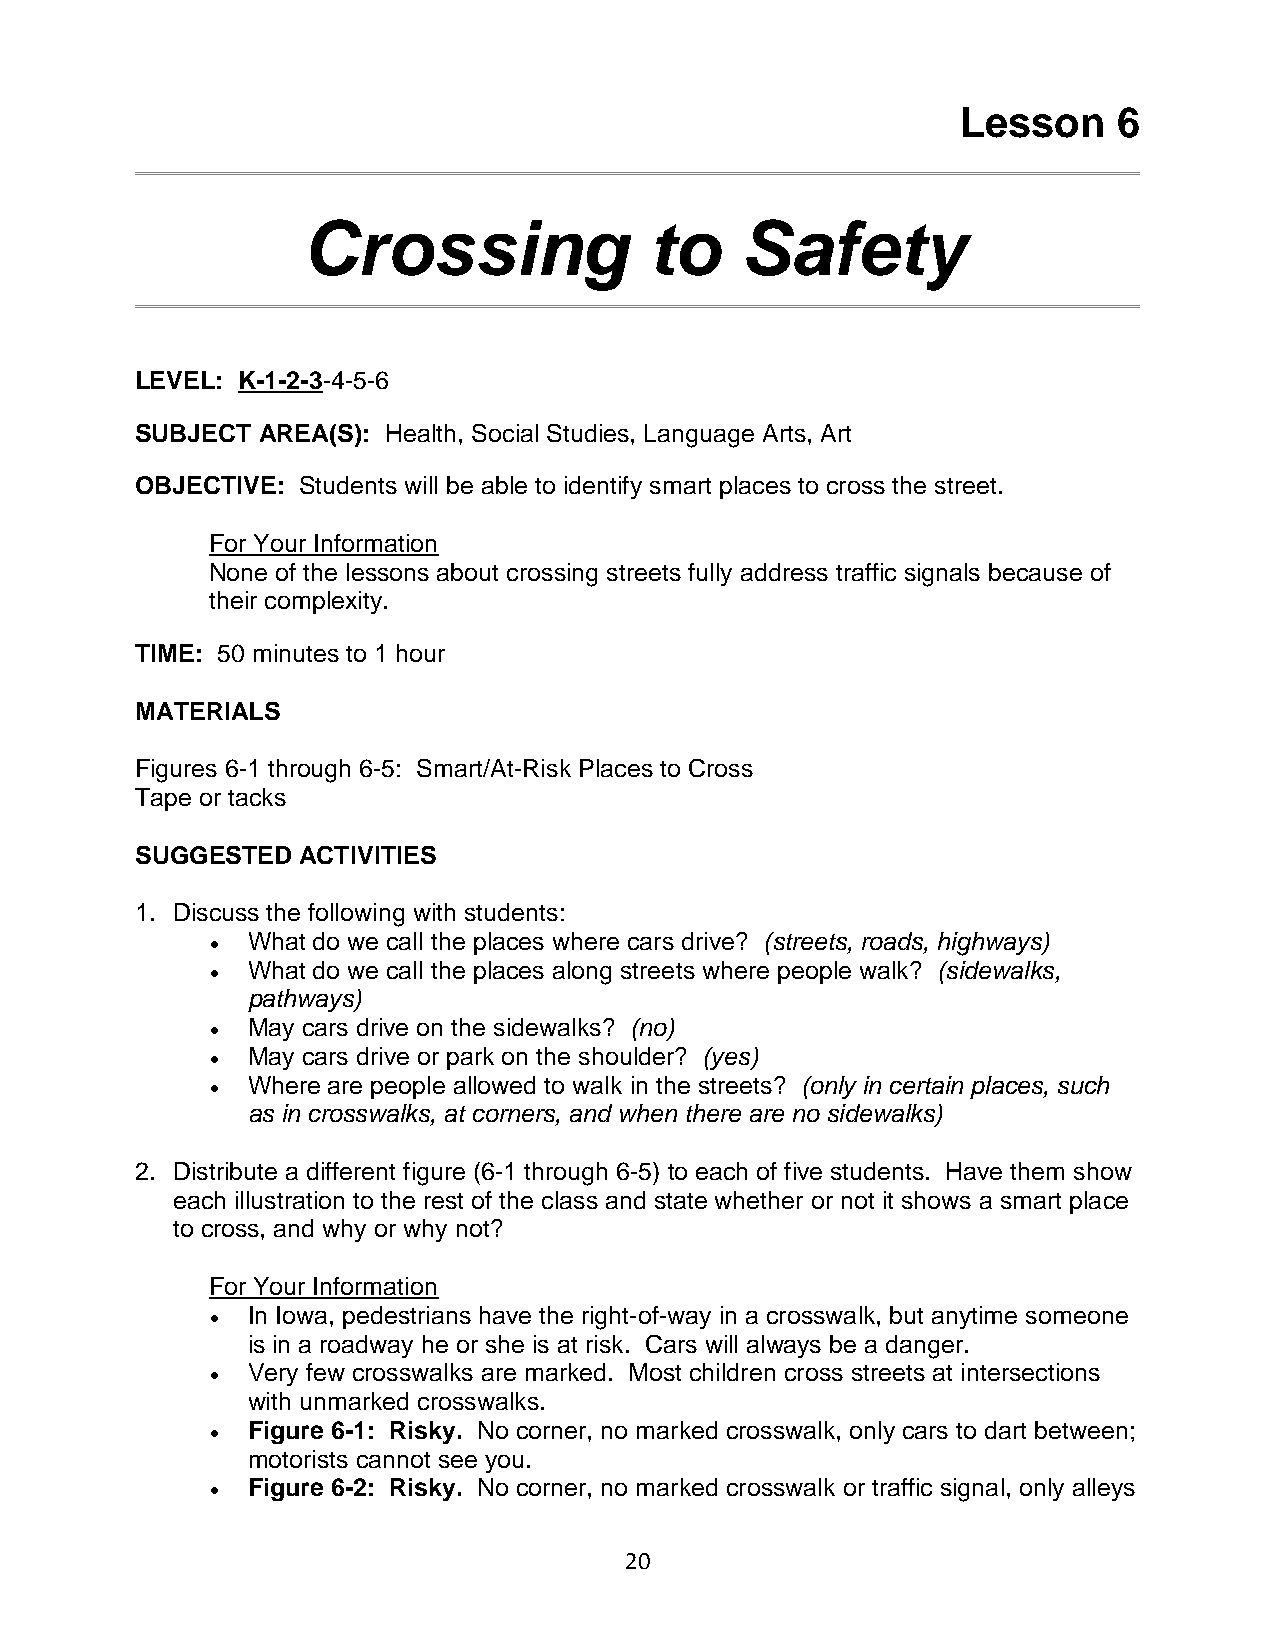
Lesson    6
 Crossing               to    Safety
 LEVEL: K-1-2-3-4-5-6
 SUBJECT AREA(S): Health, Social Studies, Language Arts, Art
 OBJECTIVE: Students will be able to identify smart places to cross the street.
 For Your Information
 None of the lessons about crossing streets fully address traffic signals because of
 their complexity.
 TIME: 50 minutes to 1 hour
 MATERIALS
 Figures 6-1 through 6-5: Smart/At-Risk Places to Cross
 Tape or tacks
 SUGGESTED  ACTIVITIES
 1. Discuss the following with students:
 • What do we call the places where cars drive? (streets, roads, highways)
 • What do we call the places along streets where people walk? (sidewalks,
 pathways)
 • May cars drive on the sidewalks? (no)
 • May cars drive or park on the shoulder? (yes)
 • Where are people allowed to walk in the streets? (only in certain places, such
 as in crosswalks, at corners, and when there are no sidewalks)
 2. Distribute a different figure (6-1 through 6-5) to each of five students. Have them show
 each illustration to the rest of the class and state whether or not it shows a smart place
 to cross, and why or why not?
 For Your Information
 • In Iowa, pedestrians have the right-of-way in a crosswalk, but anytime someone
 is in a roadway he or she is at risk. Cars will always be a danger.
 • Very few crosswalks are marked. Most children cross streets at intersections
 with unmarked crosswalks.
 • Figure 6-1: Risky. No corner, no marked crosswalk, only cars to dart between;
 motorists cannot see you.
 • Figure 6-2: Risky. No corner, no marked crosswalk or traffic signal, only alleys
 20